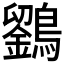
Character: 𪆱